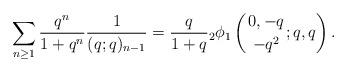
LaTeX: \begin{align*}\sum_{n\geq 1} \frac{q^n}{1+q^n}\frac{\tiny 1}{(q;q)_{n-1}} = \frac{q}{1+q} {}_2\phi_1 \left(\genfrac{}{}{0pt}{}{0,-q}{-q^2};q,q\right).\end{align*}